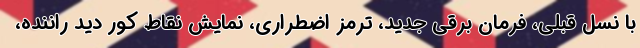
با نسل قبلی، فرمان برقی جدید، ترمز اضطراری، نمایش نقاط کور دید راننده،